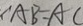
\because A B = A C